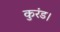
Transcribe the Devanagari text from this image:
कुरंड।